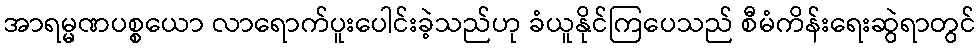
အာရမ္မဏပစ္စယော လာရောက်ပူးပေါင်းခဲ့သည်ဟု ခံယူနိုင်ကြပေသည် စီမံကိန်းရေးဆွဲရာတွင်